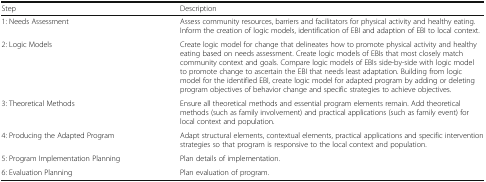
| Step | Description |
 | --- | --- |
 | 1: Needs Assessment | Assess community resources, barriers and facilitators for physical activity and healthy eating. Inform the creation of logic models, identification of EBI and adaption of EBI to local context. |
 | 2: Logic Models | Create logic model for change that delineates how to promote physical activity and healthy eating based on needs assessment. Create logic models of EBIs that most closely match community context and goals. Compare logic models of EBIs side-by-side with logic model to promote change to ascertain the EBI that needs least adaptation. Building from logic model for the identified EBI, create logic model for adapted program by adding or deleting program objectives of behavior change and specific strategies to achieve objectives. |
 | 3: Theoretical Methods | Ensure all theoretical methods and essential program elements remain. Add theoretical methods (such as family involvement) and practical applications (such as family event) for local context and population. |
 | 4: Producing the Adapted Program | Adapt structural elements, contextual elements, practical applications and specific intervention strategies so that program is responsive to the local context and population. |
 | 5: Program Implementation Planning | Plan details of implementation. |
 | 6: Evaluation Planning | Plan evaluation of program. |